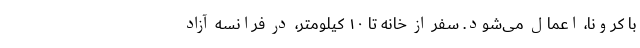
با کرونا، اعمال می‌شود. سفر از خانه تا ۱۰ کیلومتر، در فرانسه آزاد